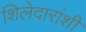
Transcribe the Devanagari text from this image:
शिलेदारांशी